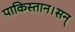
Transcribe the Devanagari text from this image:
पाकिस्तान।सन्